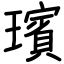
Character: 璸